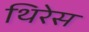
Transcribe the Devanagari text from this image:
थिरेस